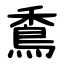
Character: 穒